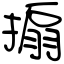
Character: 搧